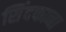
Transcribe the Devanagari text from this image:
सिंदफाना